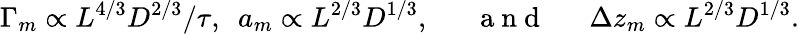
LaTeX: \Gamma_{m}\propto L^{4/3}D^{2/3}/\tau,\ \ a_{m}\propto L^{2/3}D^{1/3},\mathrm{~~~~~~~a~n~d~~~~~~~}\Delta z_{m}\propto L^{2/3}D^{1/3}.